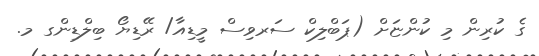
ގެ ކުރިން މި ކުންޏަށް (ޕަބްލިކް ސަރވިސް މީޑިއާ/ ރޭޑިޔޯ ބިލްޑިންގ މ.